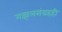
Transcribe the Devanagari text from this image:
गझलसंग्रहही